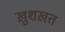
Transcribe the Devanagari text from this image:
ख़ुशख़त